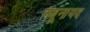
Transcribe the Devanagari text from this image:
नबूनायद